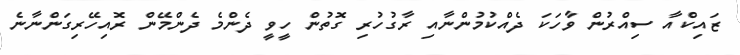
ޒައިކްއާ ސިއްރުން ވާހަކަ ދެއްކުމުންނާއި ރާގުހުރި ގޮތުން ހީވީ ދެންމެ ދެންމޭން ރޮއިހޭރިގަންނާނެ